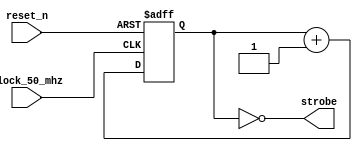
module timer
# ( parameter timer_divider = 24 )
(
    input  clock_50_mhz,
    input  reset_n,
    output strobe
);

    reg [timer_divider - 1:0] counter;

    always @ (posedge clock_50_mhz or negedge reset_n)
    begin
        if (! reset_n)
            counter <= { timer_divider { 1'b0 } };
        else
            counter <= counter + { { timer_divider - 1 { 1'b0 } }, 1'b1 };
    end

    assign strobe
        = (counter [timer_divider - 1:0] == { timer_divider { 1'b0 } } );

endmodule

//----------------------------------------------------------------------------

module shift
# ( parameter width = 10 )
(
    input                     clock,
    input                     reset_n,
    input                     shift_enable,
    input                     button,
    output reg [width - 1:0]  shift_reg
);

    reg [width - 1:0] counter;

    always @ (posedge clock or negedge reset_n)
    begin
        if (! reset_n)
            shift_reg <= { width { 1'b0 } };
        else if (shift_enable)
            shift_reg <= { button, shift_reg [width - 1:1] };
    end

endmodule

//----------------------------------------------------------------------------

module top
(
    input        clock,
    input        reset_n,
    input        key,
    inout [15:0] j1
);

    wire [ 7:0] rows, cols;

    assign j1 =
    {
          rows [4],   rows [6], ~ cols [1], ~ cols [2],
          rows [7], ~ cols [4],   rows [5],   rows [2],
        ~ cols [7], ~ cols [6],   rows [1], ~ cols [0],
          rows [3], ~ cols [5], ~ cols [3],   rows [0]
    };

    //------------------------------------------------------------------------

    wire button = ~ key;
    wire enable_rows, enable_cols;

    timer
    # ( .timer_divider ( 24 ))
    timer_rows_i
    (
        .clock_50_mhz ( clock       ),
        .reset_n      ( reset_n     ),
        .strobe       ( enable_rows )
    );

    shift 
    # ( .width ( 8 ))
    shift_rows_i
    (
        .clock        ( clock       ),
        .reset_n      ( reset_n     ),
        .shift_enable ( enable_rows ),
        .button       ( button      ),
        .shift_reg    ( rows        )
    );

    //------------------------------------------------------------------------

    timer
    # ( .timer_divider ( 24 ))
    timer_cols_i
    (
        .clock_50_mhz ( clock       ),
        .reset_n      ( reset_n     ),
        .strobe       ( enable_cols )
    );

    shift 
    # ( .width ( 8 ))
    shift_cols_i
    (
        .clock        ( clock       ),
        .reset_n      ( reset_n     ),
        .shift_enable ( enable_cols ),
        .button       ( button      ),
        .shift_reg    ( cols        )
    );

endmodule